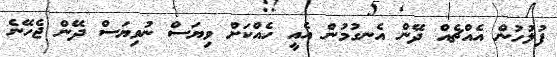
ފުލުހުން އެއްޗެއް ދޭން އެނގުމުން އެއީ ހެއްކަށް ވިޔަސް ނުވިޔަސް ދޭން ޖެހޭނެ